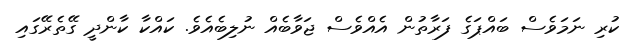
ކުރި ނަމަވެސް ބައްޕަގެ ފަރާތުން އެއްވެސް ޖަވާބެއް ނުލިބެއެވެ. ކައްކާ ކާންދީ ގޭތެރޭގައި